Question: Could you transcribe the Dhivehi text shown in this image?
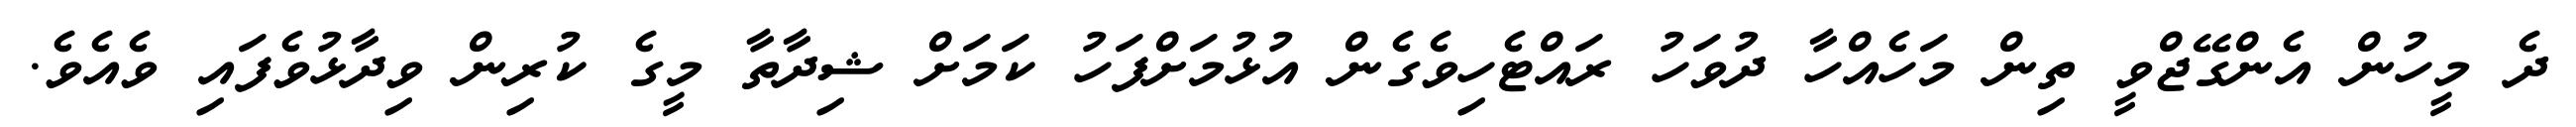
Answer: ދެ މީހުން އެންގޭޖްވީ ތިން މަހެއްހާ ދުވަހު ރައްޓެހިވެގެން އުޅުމަށްފަހު ކަމަށް ޝިދާތާ މީގެ ކުރިން ވިދާޅުވެފައި ވެއެވެ.